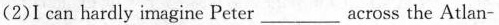
(2) I can hardly imagine Peter ___ across the Atlan-